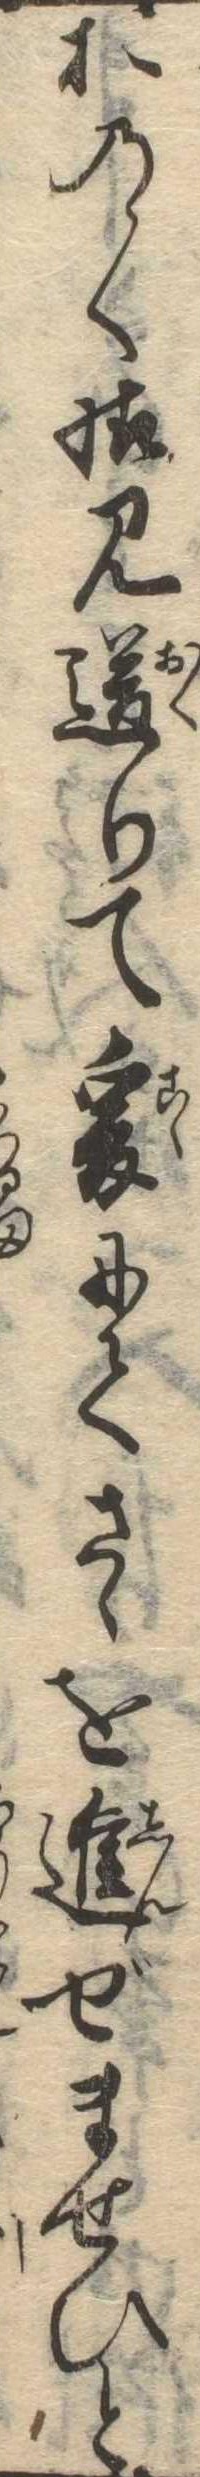
おの〱様見送りて爰にてさゝを進ぜませひと